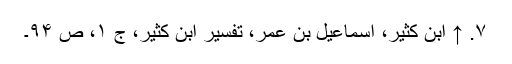
۷. ↑ ابن کثیر، اسماعیل بن عمر، تفسیر ابن کثیر، ج ۱، ص ۹۴۔